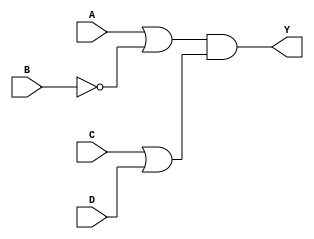
module pos_logic (
    input wire A,       // Input A
    input wire B,       // Input B
    input wire C,       // Input C
    input wire D,       // Input D
    output wire Y       // Output Y
);

// Internal wires for OR gate outputs
wire or1_out; // Output of first OR gate
wire or2_out; // Output of second OR gate

// OR gate for the first sum term (A + B')
assign or1_out = A | ~B; // B' is represented as ~B

// OR gate for the second sum term (C + D)
assign or2_out = C | D;

// AND gate for the final output (or1_out AND or2_out)
assign Y = or1_out & or2_out;

endmodule